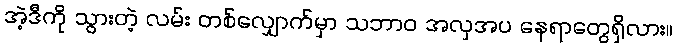
အဲ့ဒီကို သွားတဲ့ လမ်း တစ်လျှောက်မှာ သဘာဝ အလှအပ နေရာတွေရှိလား။